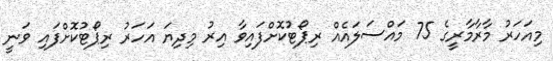
މިއަހަރު މާރާމާރީގެ 75 މައްސަލައެއް ރިޕޯޓުކޮށްފައިވާ އިރު މިދިޔަ އަހަރު ރިޕޯޓުކޮށްފައި ވަނީ